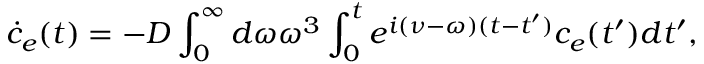
\dot { c } _ { e } ( t ) = - D \int _ { 0 } ^ { \infty } d \omega \omega ^ { 3 } \int _ { 0 } ^ { t } e ^ { i ( \nu - \omega ) ( t - t ^ { \prime } ) } c _ { e } ( t ^ { \prime } ) d t ^ { \prime } ,